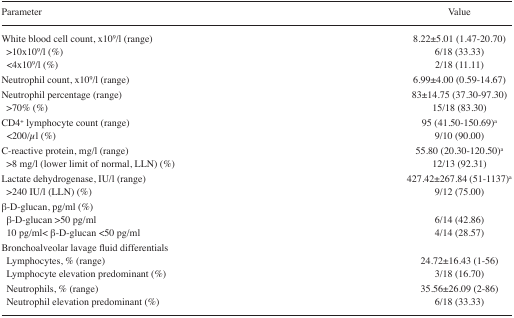
<table><thead><tr><td><b>Parameter</b></td><td><b>Value</b></td></tr></thead><tbody><tr><td>White blood cell count, ×10<sup>9</sup>/l (range)</td><td>8.22±5.01 (1.47–20.70)</td></tr><tr><td> &gt;10×10<sup>9</sup>/l (%)</td><td>6/18 (33.33)</td></tr><tr><td> &lt;4×10<sup>9</sup>/l (%)</td><td>2/18 (11.11)</td></tr><tr><td>Neutrophil count, ×10<sup>9</sup>/l (range)</td><td>6.99±4.00 (0.59–14.67)</td></tr><tr><td>Neutrophil percentage (range)</td><td>83±14.75 (37.30–97.30)</td></tr><tr><td> &gt;70% (%)</td><td>15/18 (83.30)</td></tr><tr><td>CD4<sup>+</sup> lymphocyte count (range)</td><td>95 (41.50–150.69)a</td></tr><tr><td> &lt;200/μl (%)</td><td>9/10 (90.00)</td></tr><tr><td>C-reactive protein, mg/l (range)</td><td>55.80 (20.30–120.50)a</td></tr><tr><td> &gt;8 mg/l (lower limit of normal, LLN) (%)</td><td>12/13 (92.31)</td></tr><tr><td>Lactate dehydrogenase, IU/l (range)</td><td>427.42±267.84 (51–1137)a</td></tr><tr><td> &gt;240 IU/l (LLN) (%)</td><td>9/12 (75.00)</td></tr><tr><td colspan="2">β-D-glucan, pg/ml (%)</td></tr><tr><td> β-D-glucan &gt;50 pg/ml</td><td>6/14 (42.86)</td></tr><tr><td> 10 pg/ml&lt; β-D-glucan &lt;50 pg/ml</td><td>4/14 (28.57)</td></tr><tr><td colspan="2">Bronchoalveolar lavage fluid differentials</td></tr><tr><td> Lymphocytes, % (range)</td><td>24.72±16.43 (1–56)</td></tr><tr><td> Lymphocyte elevation predominant (%)</td><td>3/18 (16.70)</td></tr><tr><td> Neutrophils, % (range)</td><td>35.56±26.09 (2–86)</td></tr><tr><td> Neutrophil elevation predominant (%)</td><td>6/18 (33.33)</td></tr></tbody></table>